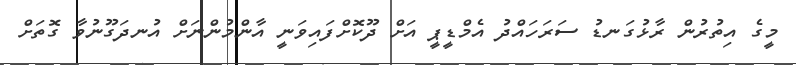
މީގެ އިތުރުން ރާޅުގަނޑު ސަރަހައްދު އެމްޑީޕީ އަށް ދޫކޮށްފައިވަނީ އާންމުންނަށް އުނދަގޫނުވާ ގޮތަށް